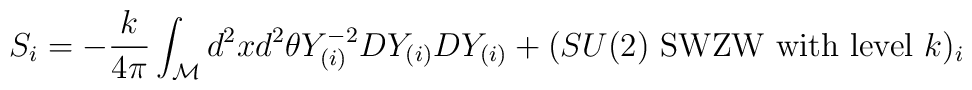
S_i=-\frac{k}{4\pi}\int_{\cal M}d^2xd^2\theta Y_{(i)}^{-2}DY_{(i)}DY_{(i)} + (SU(2)\mbox{~SWZW with level~} k )_i